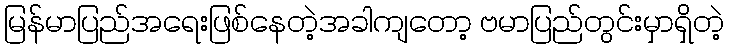
မြန်မာပြည်အရေးဖြစ်နေတဲ့အခါကျတော့ ဗမာပြည်တွင်းမှာရှိတဲ့